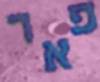
פאר